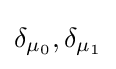
\delta _{\mu _{0}},\delta _{\mu _{1}}